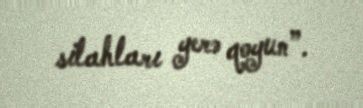
silahları yerə qoyun”.